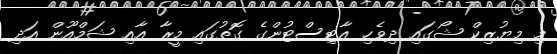
މި މިޔުޒިކް ޝޯގައި ދިވެހި އާޓިސްޓުންގެ ގޮތުގައި މީރާ އާއި ޝަމްއޫން އަދި